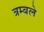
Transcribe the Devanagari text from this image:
त्रम्बले